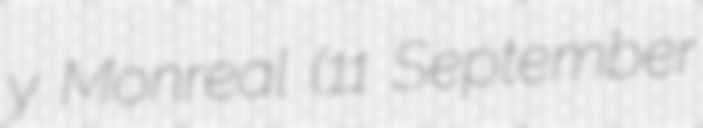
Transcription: y Monreal (11 September